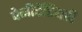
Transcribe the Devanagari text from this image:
पेनीटेंटियरी